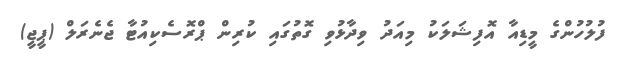
ފުލުހުންގެ މީޑިއާ އޮފިޝަލަކު މިއަދު ވިދާޅުވި ގޮތުގައި ކުރިން ޕްރޮސެކިއުޓާ ޖެނެރަލް (ޕީޖީ)